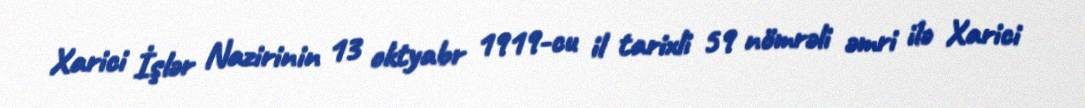
Xarici İşlər Nazirinin 13 oktyabr 1919-cu il tarixli 59 nömrəli əmri ilə Xarici